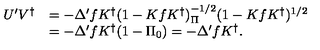
\begin{array} { r l } { U ^ { \prime } V ^ { \dag } } & { = - \Delta ^ { \prime } f K ^ { \dag } ( 1 - K f K ^ { \dag } ) _ { \Pi } ^ { - 1 / 2 } ( 1 - K f K ^ { \dag } ) ^ { 1 / 2 } } \\ { } & { = - \Delta ^ { \prime } f K ^ { \dag } ( 1 - \Pi _ { 0 } ) = - \Delta ^ { \prime } f K ^ { \dag } . } \\ \end{array}